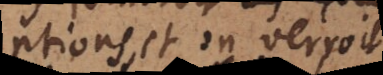
ptions, et on verroit